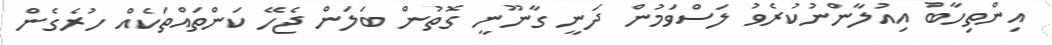
އިންތިހާބު އިއުލާންނުކުރެވު ލަސްވަމުން ދަނީ ގާނޫނީ ގޮތުން ބަލަން ޖެހޭ ކަންތައްތަކެއް ހުރެގެން